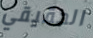
الحقيقي